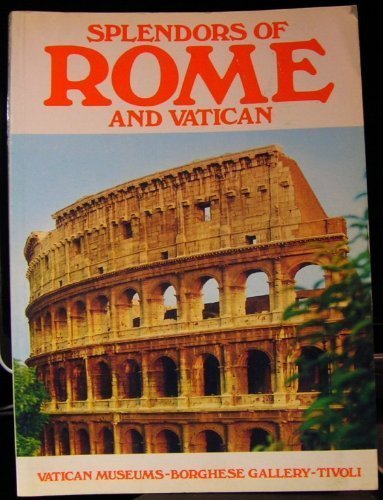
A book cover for Splendors of Rome and Vatican; TULLIO POLIDORI; Travel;